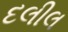
દલીલ